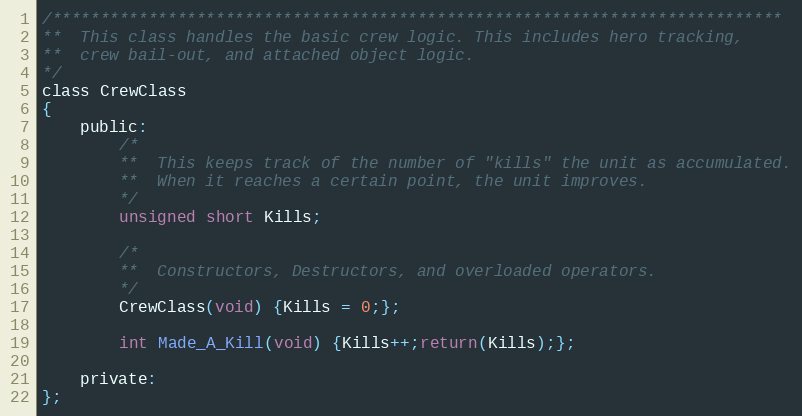
Language: C
/****************************************************************************
**	This class handles the basic crew logic. This includes hero tracking,
**	crew bail-out, and attached object logic.
*/
class CrewClass
{
	public:
		/*
		**	This keeps track of the number of "kills" the unit as accumulated.
		**	When it reaches a certain point, the unit improves.
		*/
		unsigned short Kills;

		/*
		**	Constructors, Destructors, and overloaded operators.
		*/
		CrewClass(void) {Kills = 0;};

		int Made_A_Kill(void) {Kills++;return(Kills);};

	private:
};